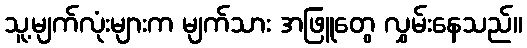
သူ့မျက်လုံးများက မျက်သား အဖြူတွေ လွှမ်းနေသည်။